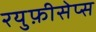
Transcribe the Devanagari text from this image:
रयुफ़ीसेप्स